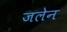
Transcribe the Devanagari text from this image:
जलेन